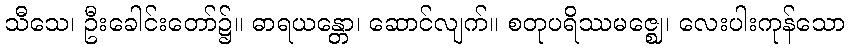
သီသေ၊ ဦးခေါင်းတော်၌။ ဓာရယန္တော၊ ဆောင်လျက်။ စတုပရိဿမဇ္ဈေ၊ လေးပါးကုန်သော